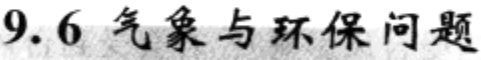
9.6 气象与环保问题